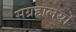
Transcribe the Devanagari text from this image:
सग्रहालयों